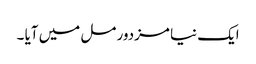
ایک نیا مزدور مل میں آیا ۔